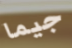
جيما